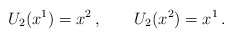
\begin{align*}U_{2}(x^{1})=x^{2}\,,\qquad U_{2}(x^{2})=x^{1}\,.\end{align*}